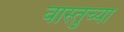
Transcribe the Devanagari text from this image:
वास्तुच्या